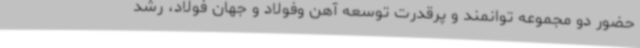
حضور دو مجموعه توانمند و پرقدرت توسعه آهن وفولاد و جهان فولاد، رشد